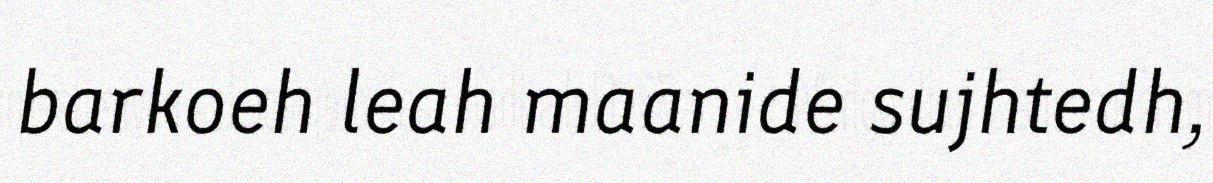
barkoeh leah maanide sujhtedh,